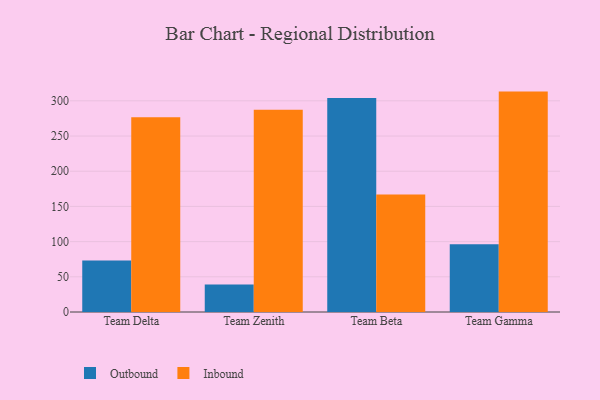
{"axis": {"x": "Team", "y": "Market Share (%)"}, "legend": ["Inbound", "Outbound"], "data": [{"x": "Team Delta", "y": 73.2, "type": "Outbound"}, {"x": "Team Delta", "y": 276.7, "type": "Inbound"}, {"x": "Team Zenith", "y": 39.2, "type": "Outbound"}, {"x": "Team Zenith", "y": 287.4, "type": "Inbound"}, {"x": "Team Beta", "y": 304.1, "type": "Outbound"}, {"x": "Team Beta", "y": 167.0, "type": "Inbound"}, {"x": "Team Gamma", "y": 96.2, "type": "Outbound"}, {"x": "Team Gamma", "y": 313.1, "type": "Inbound"}]}